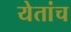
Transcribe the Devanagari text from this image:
येतांच